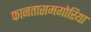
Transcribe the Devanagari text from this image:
फानतासमगोरिया